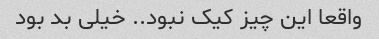
واقعا این چیز کیک نبود.. خیلی بد بود